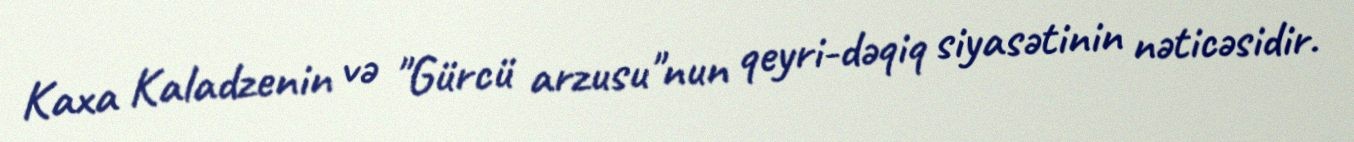
Kaxa Kaladzenin və "Gürcü arzusu"nun qeyri-dəqiq siyasətinin nəticəsidir.